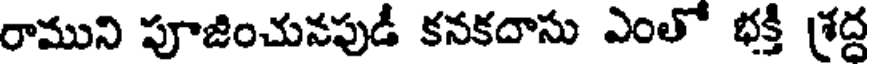
రాముని పూజించునపుడీ కనకదాసు ఎంతో భక్తీ శ్రద్ద